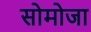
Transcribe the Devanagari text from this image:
सोमोजा